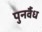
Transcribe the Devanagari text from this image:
पुनर्वैध